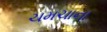
ચમચાના